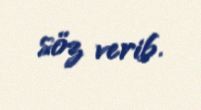
söz verib.